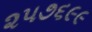
૨૫૭૬૯૯